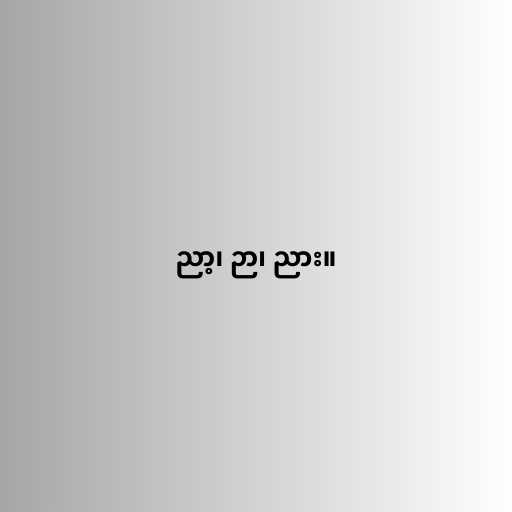
ညာ့၊ ဉာ၊ ညား။